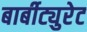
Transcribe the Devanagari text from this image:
बार्बीट्युरेट